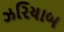
ઝરિયાબ